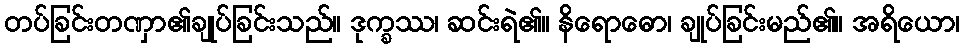
တပ်ခြင်းတဏှာ၏ချုပ်ခြင်းသည်။ ဒုက္ခဿ၊ ဆင်းရဲ၏။ နိရောဓော၊ ချုပ်ခြင်းမည်၏။ အရိယော၊